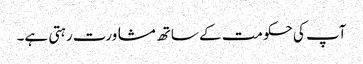
آپ کی حکومت کے ساتھ مشاورت رہتی ہے۔